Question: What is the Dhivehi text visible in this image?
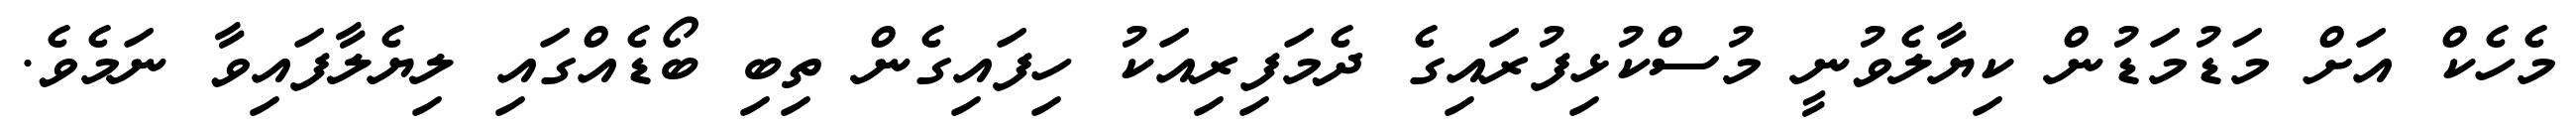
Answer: މެހެކް އަށް މަޑުމަޑުން ކިޔާލެވުނީ މުސްކުޅިފުރައިގެ ދެމަފިރިއަކު ހިފައިގެން ތިބި ބޯޑެއްގައި ލިޔެލާފައިވާ ނަމެވެ.